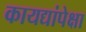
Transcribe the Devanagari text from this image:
कायद्यांपेक्षा